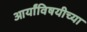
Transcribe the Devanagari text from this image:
आर्यांविषयीच्या